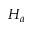
H _ { a }